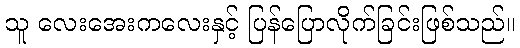
သူ လေးအေးကလေးနှင့် ပြန်ပြောလိုက်ခြင်းဖြစ်သည်။